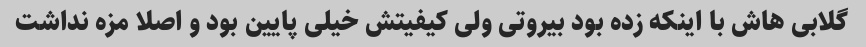
گلابی هاش با اینکه زده بود بیروتی ولی کیفیتش خیلی پایین بود و اصلا مزه نداشت